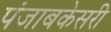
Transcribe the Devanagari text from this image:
पंजाबकेसरी